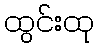
ထွင်းထု